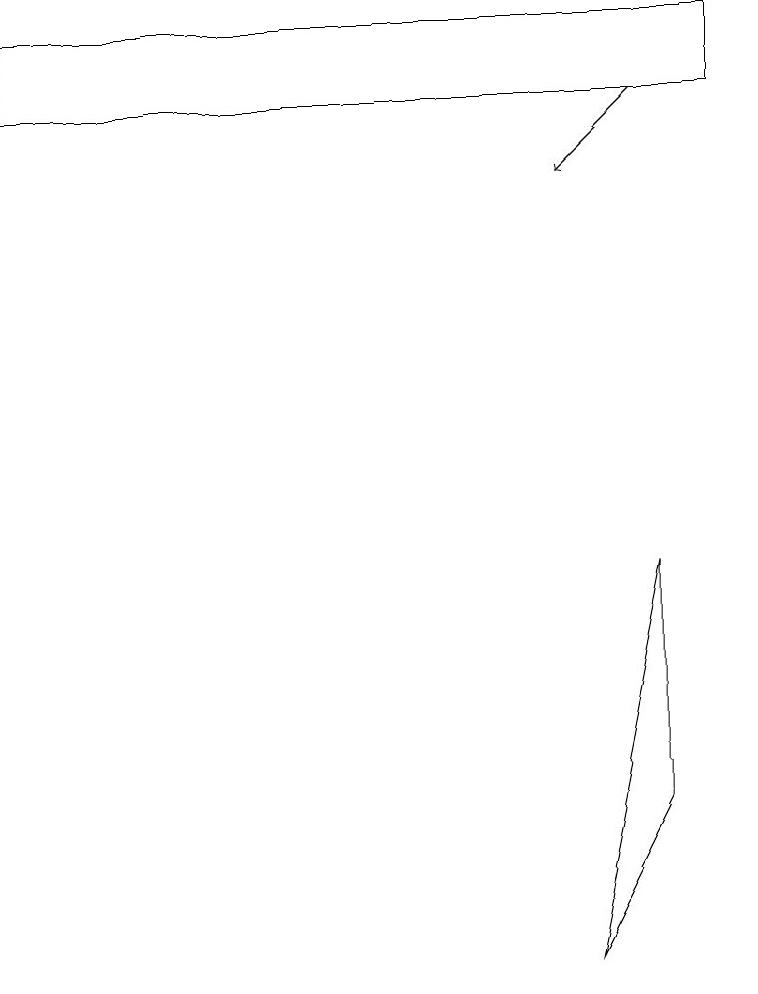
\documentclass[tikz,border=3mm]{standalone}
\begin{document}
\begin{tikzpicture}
\draw (8,5) -- (7,3) -- (8,8) -- cycle;
\draw[->] (8,14) -- (7,13);
\draw (0,15) rectangle (9,14);
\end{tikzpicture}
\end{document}